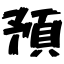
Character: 預